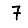
Digit: 7